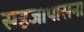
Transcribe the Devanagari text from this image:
सहजोपासना